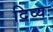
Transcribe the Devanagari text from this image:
दिव्यः